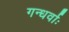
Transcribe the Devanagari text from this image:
गन्धर्वाः